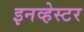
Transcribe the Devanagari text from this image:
इनव्हेस्टर